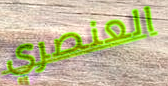
العنصري